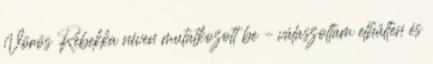
Vörös Rebekka néven mutatkozott be – válaszoltam elhűlten és